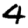
Digit: 4